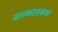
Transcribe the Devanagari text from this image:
जातकटठकथा